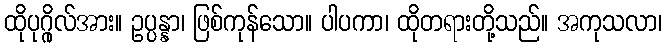
ထိုပုဂ္ဂိုလ်အား။ ဥပ္ပန္နာ၊ ဖြစ်ကုန်သော။ ပါပကာ၊ ထိုတရားတို့သည်။ အကုသလာ၊